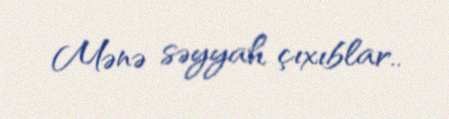
Mənə səyyah çıxıblar..